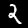
Label: 2